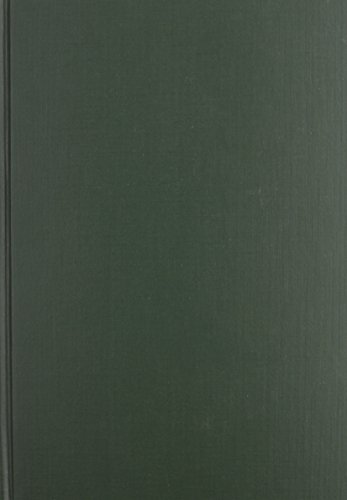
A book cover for Plant Taxonomy; Professor Tod F. Stuessy; Science & Math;